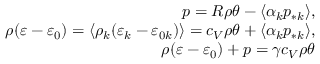
\begin{array} { r } { p = R \rho \theta - \langle \alpha _ { k } p _ { * k } \rangle , } \\ { \rho ( \varepsilon - \varepsilon _ { 0 } ) = \langle \rho _ { k } ( \varepsilon _ { k } - \varepsilon _ { 0 k } ) \rangle = c _ { V } \rho \theta + \langle \alpha _ { k } p _ { * k } \rangle , } \\ { \rho ( \varepsilon - \varepsilon _ { 0 } ) + p = \gamma c _ { V } \rho \theta } \end{array}